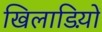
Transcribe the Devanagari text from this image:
खिलाडिय़ों